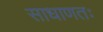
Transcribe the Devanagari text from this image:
साधाणतः